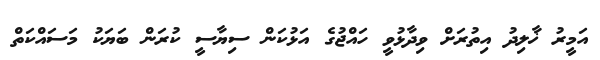
އަމީރު ޚާލިދު އިތުރަށް ވިދާޅުވީ ހައްޖުގެ އަޅުކަން ސިޔާސީ ކުރަން ބަޔަކު މަސައްކަތް